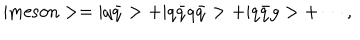
| \mathrm { m e s o n } > = | q \bar { q } > + | q \bar { q } q \bar { q } > + | q \bar { q } g > + \cdots ,